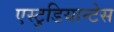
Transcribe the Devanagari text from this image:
एस्टुडियान्टेस